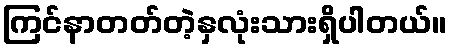
ကြင်နာတတ်တဲ့နှလုံးသားရှိပါတယ်။